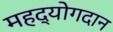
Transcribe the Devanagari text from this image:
महद्योगदान